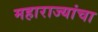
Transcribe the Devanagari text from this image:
महाराज्यांचा